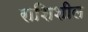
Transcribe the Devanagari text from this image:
राशिशील